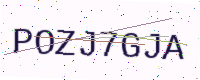
Text: POZJ7GJA